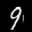
Label: 9